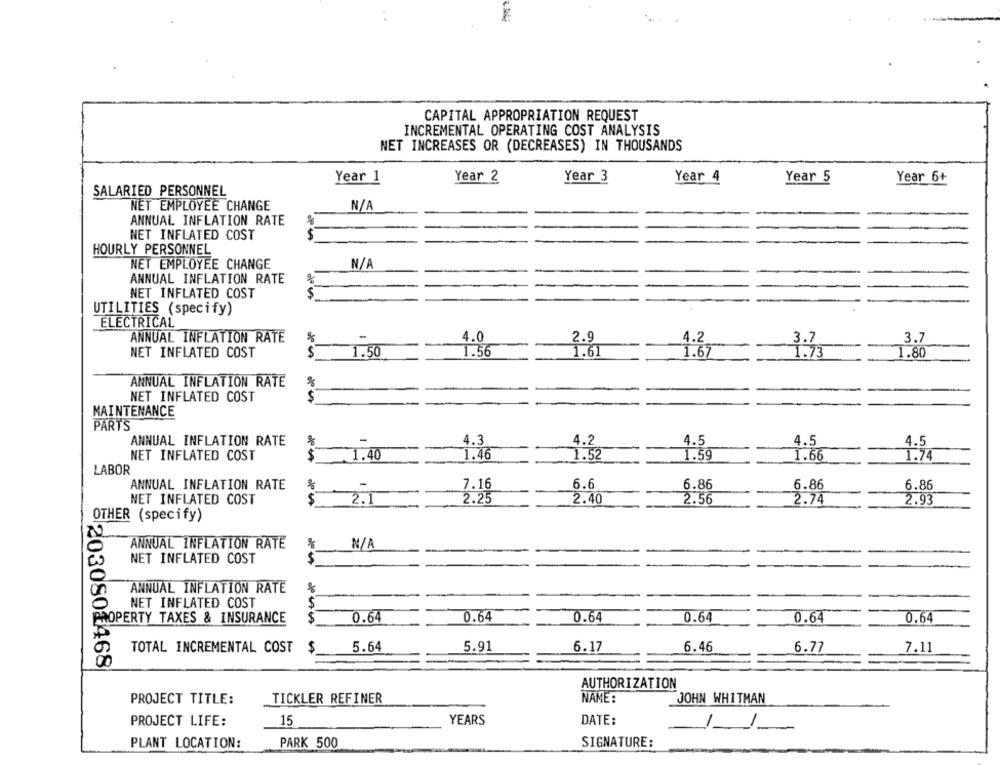
CAPITAL APPROPRIATION REQUEST
INCREMENTAL OPERATING COST ANALYSIS
NET INCREASES OR (DECREASES) IN THOUSANDS
Year 2
Year 3
Year 1
Year 4
Year 5
Year 6+
SALARIED PERSONNEL
NET EMPLOYEE CHANGE
ANNUAL INFLATION RATE
%
NET INFLATED COST
HOURLY PERSONNEL
NET EMPLOYEE CHANGE
ANNUAL INFLATION RATE
NET INFLATED COST
$
UTILITIES (specify)
ELECTRICAL
ANNUAL INFLATION RATE
4.0
2.9
4.2
3.7
3.7
NET INFLATED COST
1.50
1.56
1.61
1.67
1.73
1.80
ANNUAL INFLATION RATE
NET INFLATED COST
$
MAINTENANCE
PARTS
ANNUAL INFLATION RATE
4.3
4.2
4.5
4.5
4.5
NET INFLATED COST
$
1.40
1.46
1.52
1.59
1.66
1.74
LABOR
ANNUAL INFLATION RATE
7.16
6.6
6.86
6.86
6.86
NET INFLATED COST
$
2.1
2.25
2.40
2.56
2.74
2.93
OTHER (specify)
ANNUAL INFLATION RATE
$
NET INFLATED COST
ANNUAL INFLATION RATE
NET INFLATED COST
S
PROPERTY TAXES & INSURANCE
$
0.64
0.64
0.64
0.64
0.64
0.64
TOTAL INCREMENTAL COST
$
5.64
5.91
6.17
6.46
6.77
7.11
203080₫468
AUTHORIZATION
PROJECT TITLE:
TICKLER REFINER
NAME :
JOHN WHITMAN
PROJECT LIFE:
15
YEARS
DATE:
PARK 500
PLANT LOCATION:
SIGNATURE: